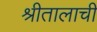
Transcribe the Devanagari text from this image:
श्रीतालाची